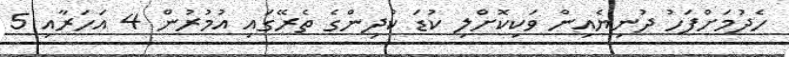
ހެދުމަށްފަހު ދުނިޔެއިން ވަކިކޮށްލި ކުޑަ ކުދިންގެ ތެރޭގައި އުމުރުން 4 އަހަރާއި 5